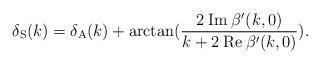
LaTeX: \begin{align*}\delta_{\rm S}(k) = \delta_{\rm A}(k) +\arctan(\frac{2 \: {\rm Im} \: \beta'(k,0)}{k + 2\: {\rm Re} \: \beta'(k,0)}).\end{align*}